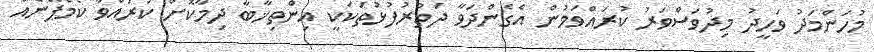
މުހަންމަދު ވަހީދު މިދުވަސްވަރު ކުރައްވަމުން އެގެންދަވާ ދަތުރުފުޅުތަކަކީ އިންތިޚާބާ ދިމާކޮށް ކުރައްވާ ކެމްޕޭނެއް